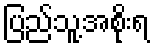
ပြည်သူ့အစိုးရ